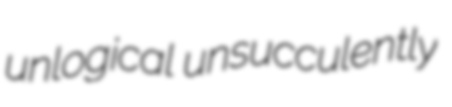
unlogical unsucculently